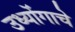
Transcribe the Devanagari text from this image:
उध्योंगाचे